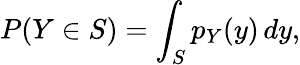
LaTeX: P(Y\in S)=\int_{S}p_{Y}(y)\, dy,